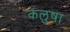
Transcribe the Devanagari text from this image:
कलुषा